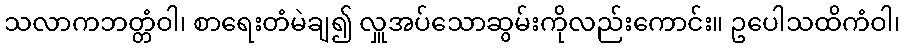
သလာကဘတ္တံဝါ၊ စာရေးတံမဲချ၍ လှူအပ်သောဆွမ်းကိုလည်းကောင်း။ ဥပေါသထိကံဝါ၊